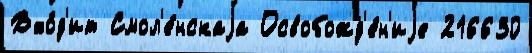
Вхо́д'ит Смол'е́нскаjа Освобожд'е́н'иjе 216630